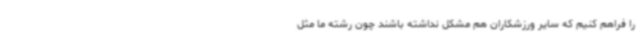
را فراهم کنیم که سایر ورزشکاران هم مشکل نداشته باشند چون رشته ما مثل